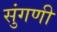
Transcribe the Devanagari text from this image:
सुंगणी